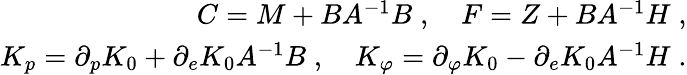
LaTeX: \begin{array}{r}{C=M+BA^{-1}B\; ,\quad F=Z+BA^{-1}H\; ,}\\ {K_{p}=\partial_{p}K_{0}+\partial_{e}K_{0}A^{-1}B\; ,\quad K_{\varphi}=\partial_{\varphi}K_{0}-\partial_{e}K_{0}A^{-1}H\; .}\end{array}